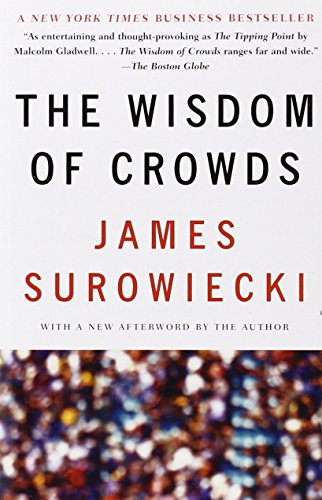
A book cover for The Wisdom of Crowds; James Surowiecki; Business & Money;